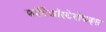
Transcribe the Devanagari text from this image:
कॉर्टिकॉस्टेरॉयड्स